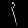
Digit: ၃